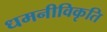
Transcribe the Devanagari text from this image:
धमनीविकृति